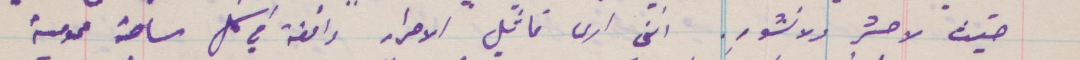
حيث لا حشر ولا نشور. انني أرى تماثيل الاحرار واقفة في كل ساحة عمومية